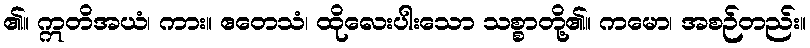
၏။ ဣတိအယံ၊ ကား။ ဧတေသံ၊ ထိုလေးပါးသော သစ္စာတို့၏။ ကမော၊ အစဉ်တည်း။